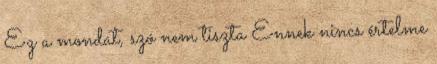
Ez a mondat, szó nem tiszta Ennek nincs értelme